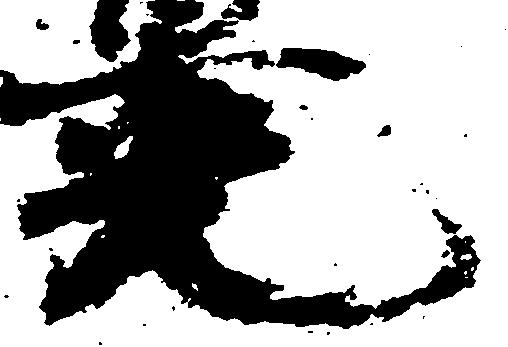
光